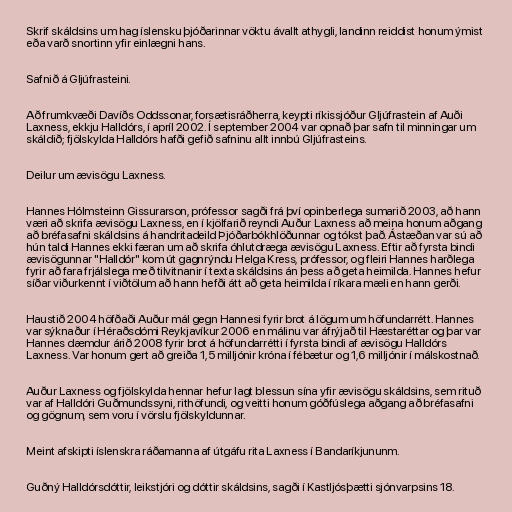
Skrif skáldsins um hag íslensku þjóðarinnar vöktu ávallt athygli, landinn reiddist honum ýmist
eða varð snortinn yfir einlægni hans.

Safnið á Gljúfrasteini.

Að frumkvæði Davíðs Oddssonar, forsætisráðherra, keypti ríkissjóður Gljúfrastein af Auði
Laxness, ekkju Halldórs, í apríl 2002. Í september 2004 var opnað þar safn til minningar um
skáldið; fjölskylda Halldórs hafði gefið safninu allt innbú Gljúfrasteins.

Deilur um ævisögu Laxness.

Hannes Hólmsteinn Gissurarson, prófessor sagði frá því opinberlega sumarið 2003, að hann
væri að skrifa ævisögu Laxness, en í kjölfarið reyndi Auður Laxness að meina honum aðgang
að bréfasafni skáldsins á handritadeild Þjóðarbókhlöðunnar og tókst það. Ástæðan var sú að
hún taldi Hannes ekki færan um að skrifa óhlutdræga ævisögu Laxness. Eftir að fyrsta bindi
ævisögunnar "Halldór" kom út gagnrýndu Helga Kress, prófessor, og fleiri Hannes harðlega
fyrir að fara frjálslega með tilvitnanir í texta skáldsins án þess að geta heimilda. Hannes hefur
síðar viðurkennt í viðtölum að hann hefði átt að geta heimilda í ríkara mæli en hann gerði.

Haustið 2004 höfðaði Auður mál gegn Hannesi fyrir brot á lögum um höfundarrétt. Hannes
var sýknaður í Héraðsdómi Reykjavíkur 2006 en málinu var áfrýjað til Hæstaréttar og þar var
Hannes dæmdur árið 2008 fyrir brot á höfundarrétti í fyrsta bindi af ævisögu Halldórs
Laxness. Var honum gert að greiða 1,5 milljónir króna í fébætur og 1,6 milljónir í málskostnað.

Auður Laxness og fjölskylda hennar hefur lagt blessun sína yfir ævisögu skáldsins, sem rituð
var af Halldóri Guðmundssyni, rithöfundi, og veitti honum góðfúslega aðgang að bréfasafni
og gögnum, sem voru í vörslu fjölskyldunnar.

Meint afskipti íslenskra ráðamanna af útgáfu rita Laxness í Bandaríkjununm.

Guðný Halldórsdóttir, leikstjóri og dóttir skáldsins, sagði í Kastljósþætti sjónvarpsins 18.